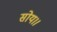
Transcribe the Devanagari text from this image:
सोय।।